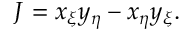
J = x _ { \xi } y _ { \eta } - x _ { \eta } y _ { \xi } .